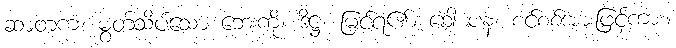
ဆာတကံ၊ မွတ်သိပ်သော ဘေးကို။ ဒိဋ္ဌံ၊ မြင်ရ၏။ ခေါ ပန၊ စင်စစ်အားဖြင့်ကား။